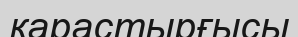
қарастырғысы